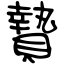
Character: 贄